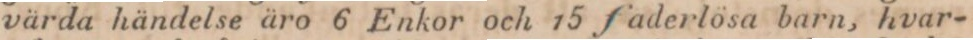
värda händelse äro 6 Enkor och 15 faderlösa barn, hvar-